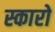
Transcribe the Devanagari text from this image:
स्कारो